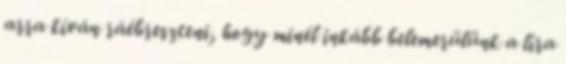
arra kíván ráébreszteni, hogy minél inkább belemerülünk a líra